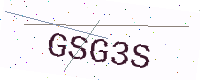
Text: GSG3S